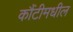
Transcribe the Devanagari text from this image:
कौंटीमधील